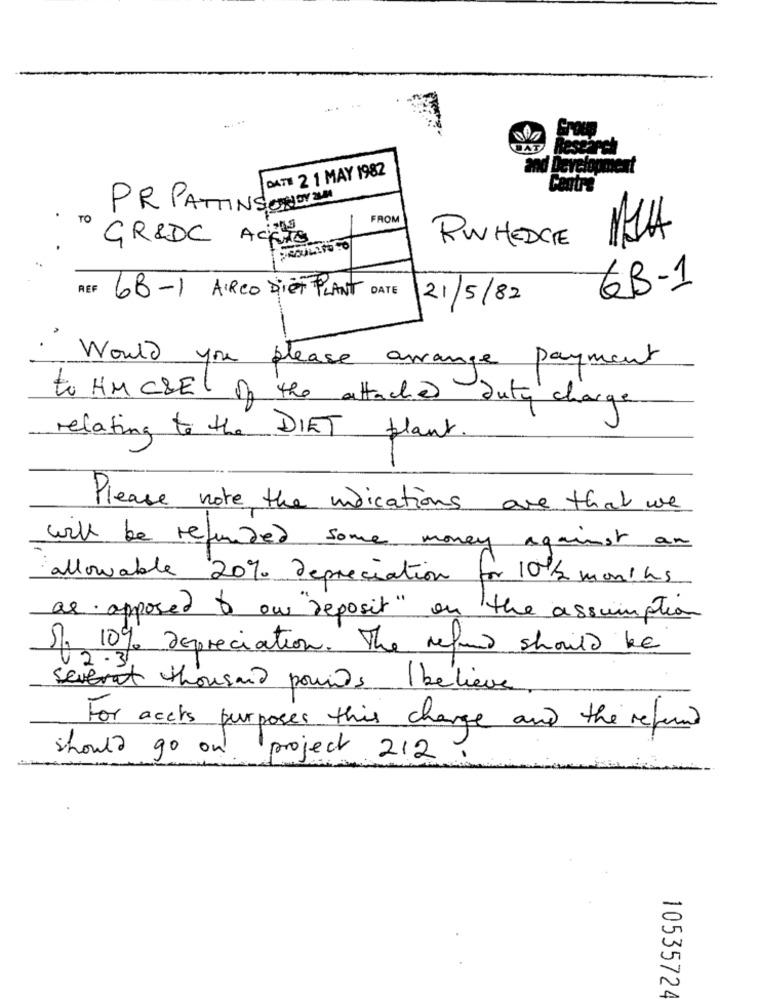
BAT
DATE 2 1 MAY 1982
PR PATTINSON DY ZUM
TO
FROM
GR&DC ACUTE
RWHEDGE
GB-1
REF 68-1 ARCO DiET PLANT DATE
21/5/82
Would you please arrange payment
to HM CBEL of the attached duty charge
relating to the DIET plant.
Please note the indications are that we
will be refunded some money against
allowable 20% depreciation for 101/2 months
as opposed & ou "reposit" on the assumption
Sl. 10% Depreciation. The refund should be
12 . 3.
Several thousand pounds believe
For accts purposes this change and the refund
should go on.
project 212.
10535724